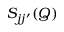
{ S _ { j j ^ { \prime } } } ( Q )